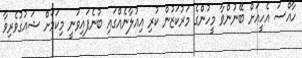
ހާއްސަ އެހީއަށް ބޭނުންވާ މީހުންގެ މަރުކަޒުން ކުރި އިއުލާނެއްގައި ބުނެފައިވަނީ މިކަމަށް ޝައުގުވެރިވާ